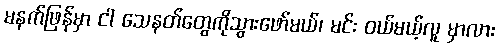
မနက်ဖြန်မှာ ငါ သေနတ်တွေကိုသွားဖော်မယ်၊ မင်း ဝယ်မယ့်လူ မှာလား